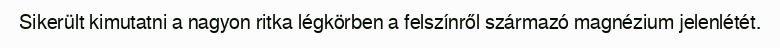
Sikerült kimutatni a nagyon ritka légkörben a felszínről származó magnézium jelenlétét.